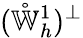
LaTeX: (\mathring{\mathbb{W}}_{h}^{1})^{\perp}